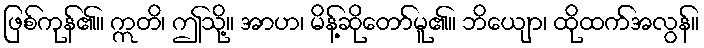
ဖြစ်ကုန်၏။ ဣတိ၊ ဤသို့။ အာဟ၊ မိန့်ဆိုတော်မူ၏။ ဘိယျော၊ ထိုထက်အလွန်။